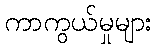
ကာကွယ်မှုများ